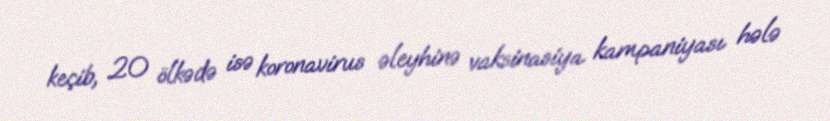
keçib, 20 ölkədə isə koronavirus əleyhinə vaksinasiya kampaniyası hələ